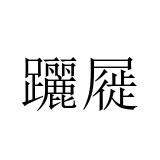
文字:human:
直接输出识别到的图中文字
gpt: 躧屣